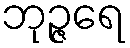
ဘုဉ္ဇရေ